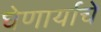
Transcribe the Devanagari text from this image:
घेणार्याचे